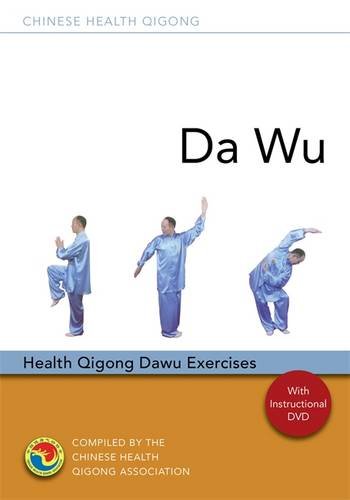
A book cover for Da Wu: Health Qigong Da Wu Exercises (Chinese Health Qigong); Chinese Health Qigong Association; Health, Fitness & Dieting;